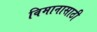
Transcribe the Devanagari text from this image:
विमानासाठी